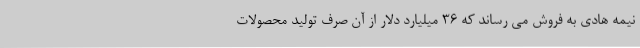
نیمه هادی به فروش می رساند که 36 میلیارد دلار از آن صرف تولید محصولات